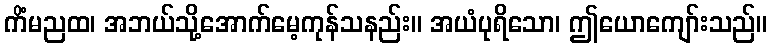
ကိံမညထ၊ အဘယ်သို့အောက်မေ့ကုန်သနည်း။ အယံပုရိသော၊ ဤယောကျော်းသည်။